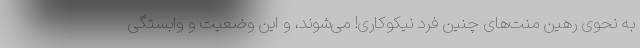
به نحوی رهین منت‌های چنین فرد نیکوکاری! می‌شوند، و این وضعیت و وابستگی